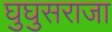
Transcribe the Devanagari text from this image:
घुघुसराजा